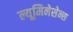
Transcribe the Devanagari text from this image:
ल्यूमिनेसेन्स